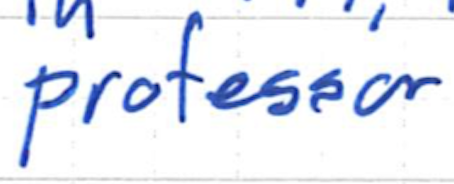
Text: professor
Cross-out: clean
Writing tool: ballpoint